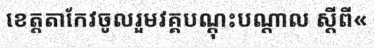
ខេត្តតាកែវចូលរួមវគ្គបណ្តុះបណ្តាល ស្តីពី«